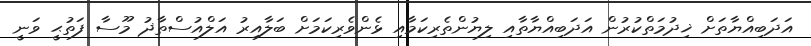
އަދަބިއްޔާތަށް ޚިދުމަތްކުރުން އަދަބިއްޔާތާއި ލިޔުންތެރިކަމާއި ޅެންވެރިކަމަށް ބަލާއިރު އަލްއުސްތާޛު މޫސާ ފަތުޙީ ވަނީ